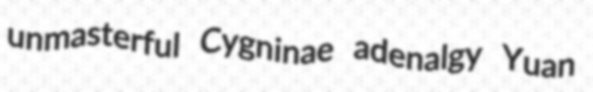
unmasterful Cygninae adenalgy Yuan